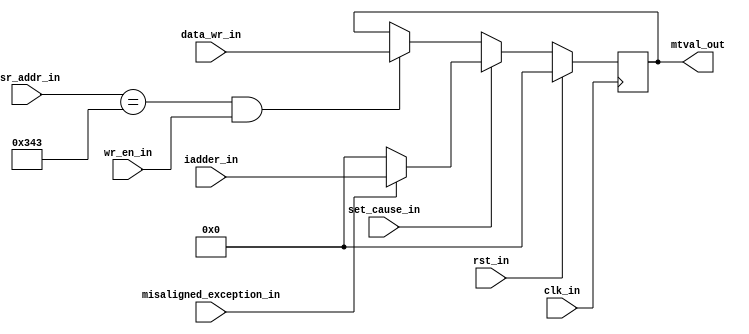


module mtval_reg( input             clk_in,rst_in,wr_en_in,set_cause_in,misaligned_exception_in,
                  input      [31:0] iadder_in,data_wr_in,
                  input      [11:0] csr_addr_in,
                  output reg [31:0] mtval_out
);

   parameter MTVAL = 12'h343;

   always @(posedge clk_in)
   begin
      if(rst_in)
         mtval_out <= 32'b0;
      else if(set_cause_in)
      begin
         if(misaligned_exception_in)
             mtval_out <= iadder_in;
         else
             mtval_out <= 32'b0;
      end
      else if(csr_addr_in == MTVAL && wr_en_in)
         mtval_out <= data_wr_in;
   end


endmodule